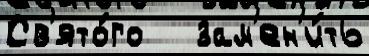
Св'ято́го   зам'ен'и́ть